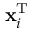
\mathbf { x } _ { i } ^ { \mathrm { { T } } }